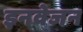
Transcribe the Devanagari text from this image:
इनवेजन